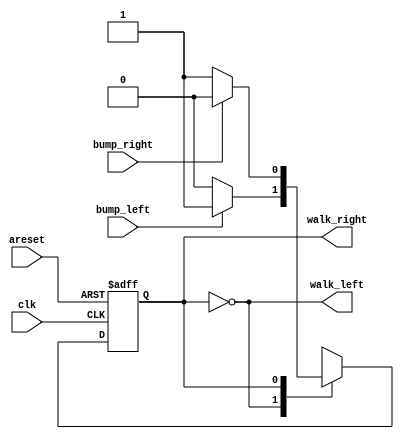
/* 26-06-2021 13:37 SAT

Problem statement : The game Lemmings involves critters with fairly simple brains. So simple that we are going to model it using a finite state machine.

In the Lemmings' 2D world, Lemmings can be in one of two states: walking left or walking right. It will switch directions if it hits an obstacle. 
In particular, if a Lemming is bumped on the left, it will walk right.
If it's bumped on the right, it will walk left. If it's bumped on both sides at the same time, it will still switch directions.
Implement a Moore state machine with two states, two inputs, and one output that models this behaviour. */



module top_module(
    input clk,
    input areset,    // Freshly brainwashed Lemmings walk left.
    input bump_left,
    input bump_right,
    output walk_left,
    output walk_right); //  

    // parameter LEFT=0, RIGHT=1, ...
    reg state, next_state;
    parameter LEFT = 0, RIGHT = 1;

    always @(*) begin
        // State transition logic
        case(state)
            LEFT:  next_state = (bump_left) ? RIGHT : LEFT;
            RIGHT: next_state = (bump_right) ? LEFT : RIGHT;
        endcase
    end

    always @(posedge clk, posedge areset) begin
        // State flip-flops with asynchronous reset
        if(areset)  state <= LEFT;
        else        state <= next_state;
    end

    // Output logic
    // assign walk_left = (state == ...);
    // assign walk_right = (state == ...);
    assign walk_left  = (state == LEFT);
    assign walk_right = (state == RIGHT);

endmodule